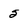
Character: 5